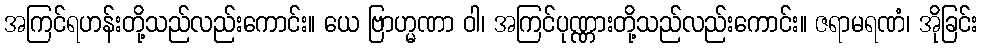
အကြင်ရဟန်းတို့သည်လည်းကောင်း။ ယေ ဗြာဟ္မဏာ ဝါ၊ အကြင်ပုဏ္ဏားတို့သည်လည်းကောင်း။ ဇရာမရဏံ၊ အိုခြင်း